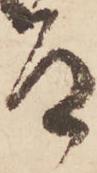
道